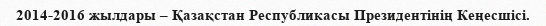
2014-2016 жылдары – Қазақстан Республикасы Президентінің Кеңесшісі.